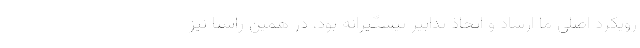
رویکرد اصلی ما ارشاد و اتخاذ تدابیر پیشگیرانه بود، در همین راستا نیز